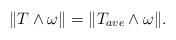
LaTeX: \begin{align*}\|T \wedge \omega \| = \|T_{ave} \wedge \omega\|.\end{align*}